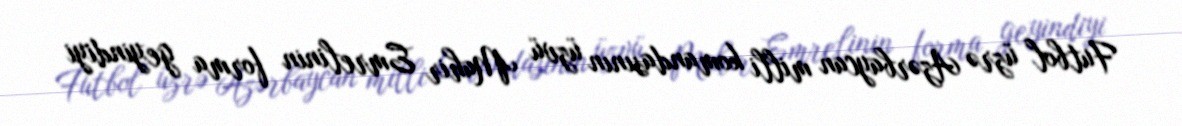
Futbol üzrə Azərbaycan milli komandasının üzvü Mahir Emrelinin forma geyindiyi